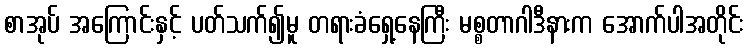
စာအုပ် အကြောင်းနှင့် ပတ်သက်၍မူ တရားခံရှေ့နေကြီး မစ္စတာဂါဒီနားက အောက်ပါအတိုင်း